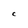
Character: C